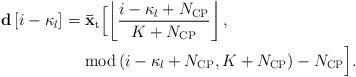
LaTeX: \begin{align*} \begin{aligned} {\bf{d}}\left[ {i - {\kappa _l} } \right]& = {{{\bf{\bar x}}}_{\rm{t}}}\Big[ {\left\lfloor {\frac{{i - {\kappa _l} + {N_{\rm{CP}}}}}{{K + {N_{\rm{CP}}}}}} \right\rfloor ,} \Big.\\ &\ \ \ \ \Big. {{\rm{mod}}\left( {i -{\kappa _l} + {N_{\rm{CP}}},K + {N_{\rm{CP}}}} \right) - {N_{\rm{CP}}}} \Big]. \end{aligned} \end{align*}